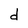
Character: d